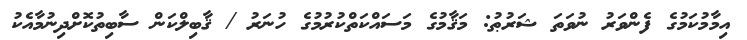
އިމާމުކަމުގެ ފެންވަރު ނުވަތަ ޝަރުޠު: މަޤާމުގެ މަސައްކަތްކުރުމުގެ ހުނަރު / ޤާބިލްކަން ސާބިތުކޮށްދިނުމާއެކު